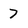
Character: 7